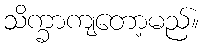
သိက္ခာကျတော့မည်။